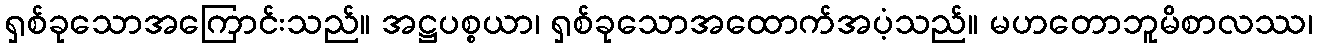
ရှစ်ခုသောအကြောင်းသည်။ အဋ္ဌပစ္စယာ၊ ရှစ်ခုသောအထောက်အပံ့သည်။ မဟတောဘူမိစာလဿ၊